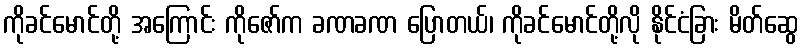
ကိုခင်မောင်တို့ အကြောင်း ကိုဇော်က ခဏခဏ ပြောတယ်၊ ကိုခင်မောင်တို့လို နိုင်ငံခြား မိတ်ဆွေ